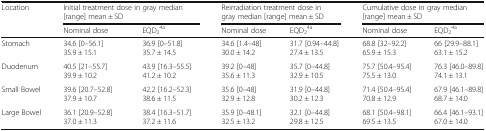
| <ROWSPAN=2> Location | <COLSPAN=2> Initial treatment dose in gray median [range] mean ± SD | <COLSPAN=2> Reirradiation treatment dose in gray median [range] mean ± SD | <COLSPAN=2> Cumulative dose in gray median [range] mean ± SD |
 | Nominal dose | EQD24a | Nominal dose | EQD24a | Nominal dose | EQD24a |
 | --- | --- | --- | --- | --- | --- | --- |
 | Stomach | 34.6 [0–56.1] 35.9 ± 15.1 | 36.9 [0–51.8] 35.7 ± 14.5 | 34.6 [1.4–48] 30.0 ± 14.2 | 31.7 [0.94–44.8] 27.4 ± 13.5 | 68.8 [32–92.2] 65.9 ± 15.3 | 66 [29.9–88.1] 63.1 ± 15.2 |
 | Duodenum | 40.5 [21–55.7] 39.9 ± 10.2 | 43.9 [16.3–55.5] 41.2 ± 10.2 | 39.2 [0–48] 35.6 ± 11.3 | 35.7 [0–44.8] 32.9 ± 10.5 | 75.7 [50.4–95.4] 75.5 ± 13.0 | 76.3 [46.0–89.8] 74.1 ± 13.1 |
 | Small Bowel | 39.6 [20.7–52.8] 37.9 ± 10.7 | 42.2 [16.2–52.3] 38.6 ± 11.5 | 35.6 [0–48] 32.9 ± 12.8 | 31.9 [0–44.8] 30.2 ± 12.3 | 71.4 [50.4–95.4] 70.8 ± 12.9 | 67.9 [46.1–89.8] 68.7 ± 14.0 |
 | Large Bowel | 36.1 [20.9–52.8] 37.0 ± 11.3 | 38.4 [16.3–51.7] 37.2 ± 11.6 | 35.9 [0–48.1] 32.5 ± 13.2 | 32.1 [0–44.8] 29.8 ± 12.5 | 68.1 [50.4–98.1] 69.5 ± 13.5 | 66.4 [46.1–93.1] 67.0 ± 14.0 |